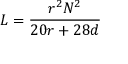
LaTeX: L = { \frac { r ^ { 2 } N ^ { 2 } } { 2 0 r + 2 8 d } }